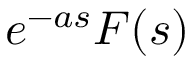
e ^ { - a s } F ( s )